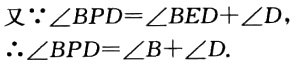
又\(\because \angle BPD = \angle BED+\angle D\)，\(\therefore \angle BPD=\angle B + \angle D\).